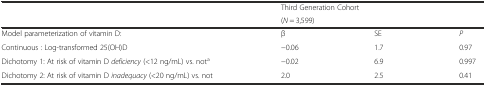
<table><thead><tr><td rowspan="2"></td><td colspan="3"><b>Third Generation Cohort</b></td></tr><tr><td colspan="3"><b>(<i>N</i> = 3,599)</b></td></tr></thead><tbody><tr><td>Model parameterization of vitamin D:</td><td>β</td><td>SE</td><td><i>P</i></td></tr><tr><td>Continuous : Log-transformed 25(OH)D</td><td>−0.06</td><td>1.7</td><td>0.97</td></tr><tr><td>Dichotomy 1: At risk of vitamin D <i>deficiency</i> (&lt;12 ng/mL) vs. not<sup>a</sup></td><td>−0.02</td><td>6.9</td><td>0.997</td></tr><tr><td>Dichotomy 2: At risk of vitamin D <i>inadequacy</i> (&lt;20 ng/mL) vs. not</td><td>2.0</td><td>2.5</td><td>0.41</td></tr></tbody></table>